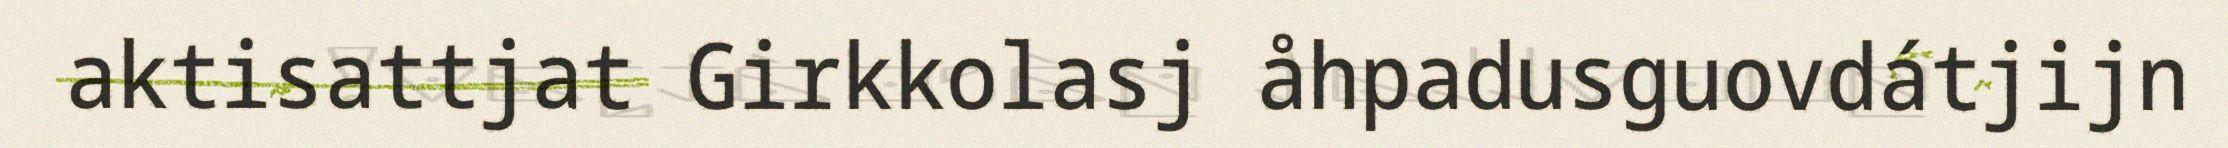
aktisattjat Girkkolasj åhpadusguovdátjijn